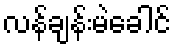
လန်ချန်းမဲခေါင်